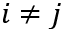
i \neq j